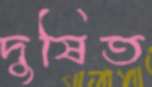
দুষিত